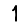
Digit: 1